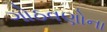
ગોઠવણોના